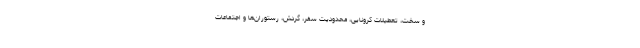
و سخت، تعطیلات کرونایی، محدودیت سفر، گردش، رستوران‌ها و اجتماعات